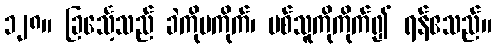
၁၂၈။ ခြင်္သေ့သည် ခဲကိုမကိုက်၊ ပစ်သူကိုကိုက်၍ ရန်ဧသည်။